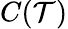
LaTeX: C(\mathcal{T})